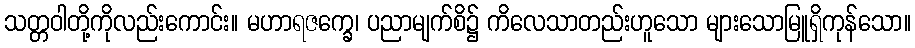
သတ္တဝါတို့ကိုလည်းကောင်း။ မဟာရဇက္ခေ၊ ပညာမျက်စိ၌ ကိလေသာတည်းဟူသော များသောမြူရှိကုန်သော။